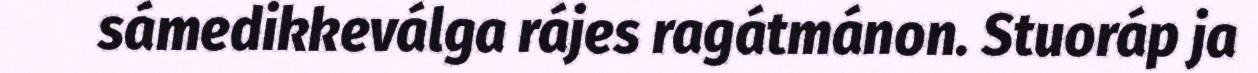
sámedikkeválga rájes ragátmánon. Stuoráp ja